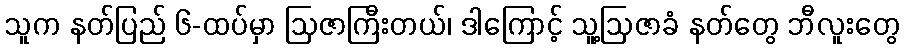
သူက နတ်ပြည် ၆-ထပ်မှာ ဩဇာကြီးတယ်၊ ဒါကြောင့် သူ့ဩဇာခံ နတ်တွေ ဘီလူးတွေ